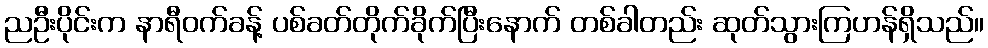
ညဦးပိုင်းက နာရီဝက်ခန့် ပစ်ခတ်တိုက်ခိုက်ပြီးနောက် တစ်ခါတည်း ဆုတ်သွားကြဟန်ရှိသည်။